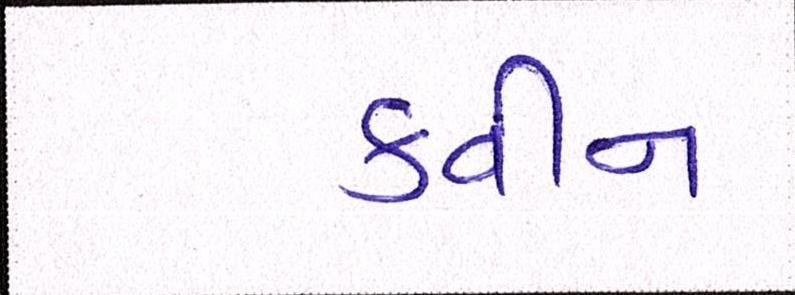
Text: ક્વીન